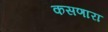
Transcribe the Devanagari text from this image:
कसणारा